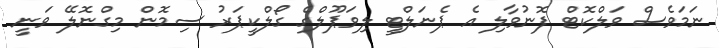
ނަމަވެސް ވަލްކޮޓް ފޮނުވާލި އެ ޕެނަލްޓީ ލިވަޕޫލްގެ ގޯލްކީޕަރު ސިމޮން މިގްނޮލޭ ވަނީ